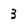
Character: 3